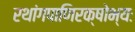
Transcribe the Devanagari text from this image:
रथांगपाणिरक्षोभ्यः